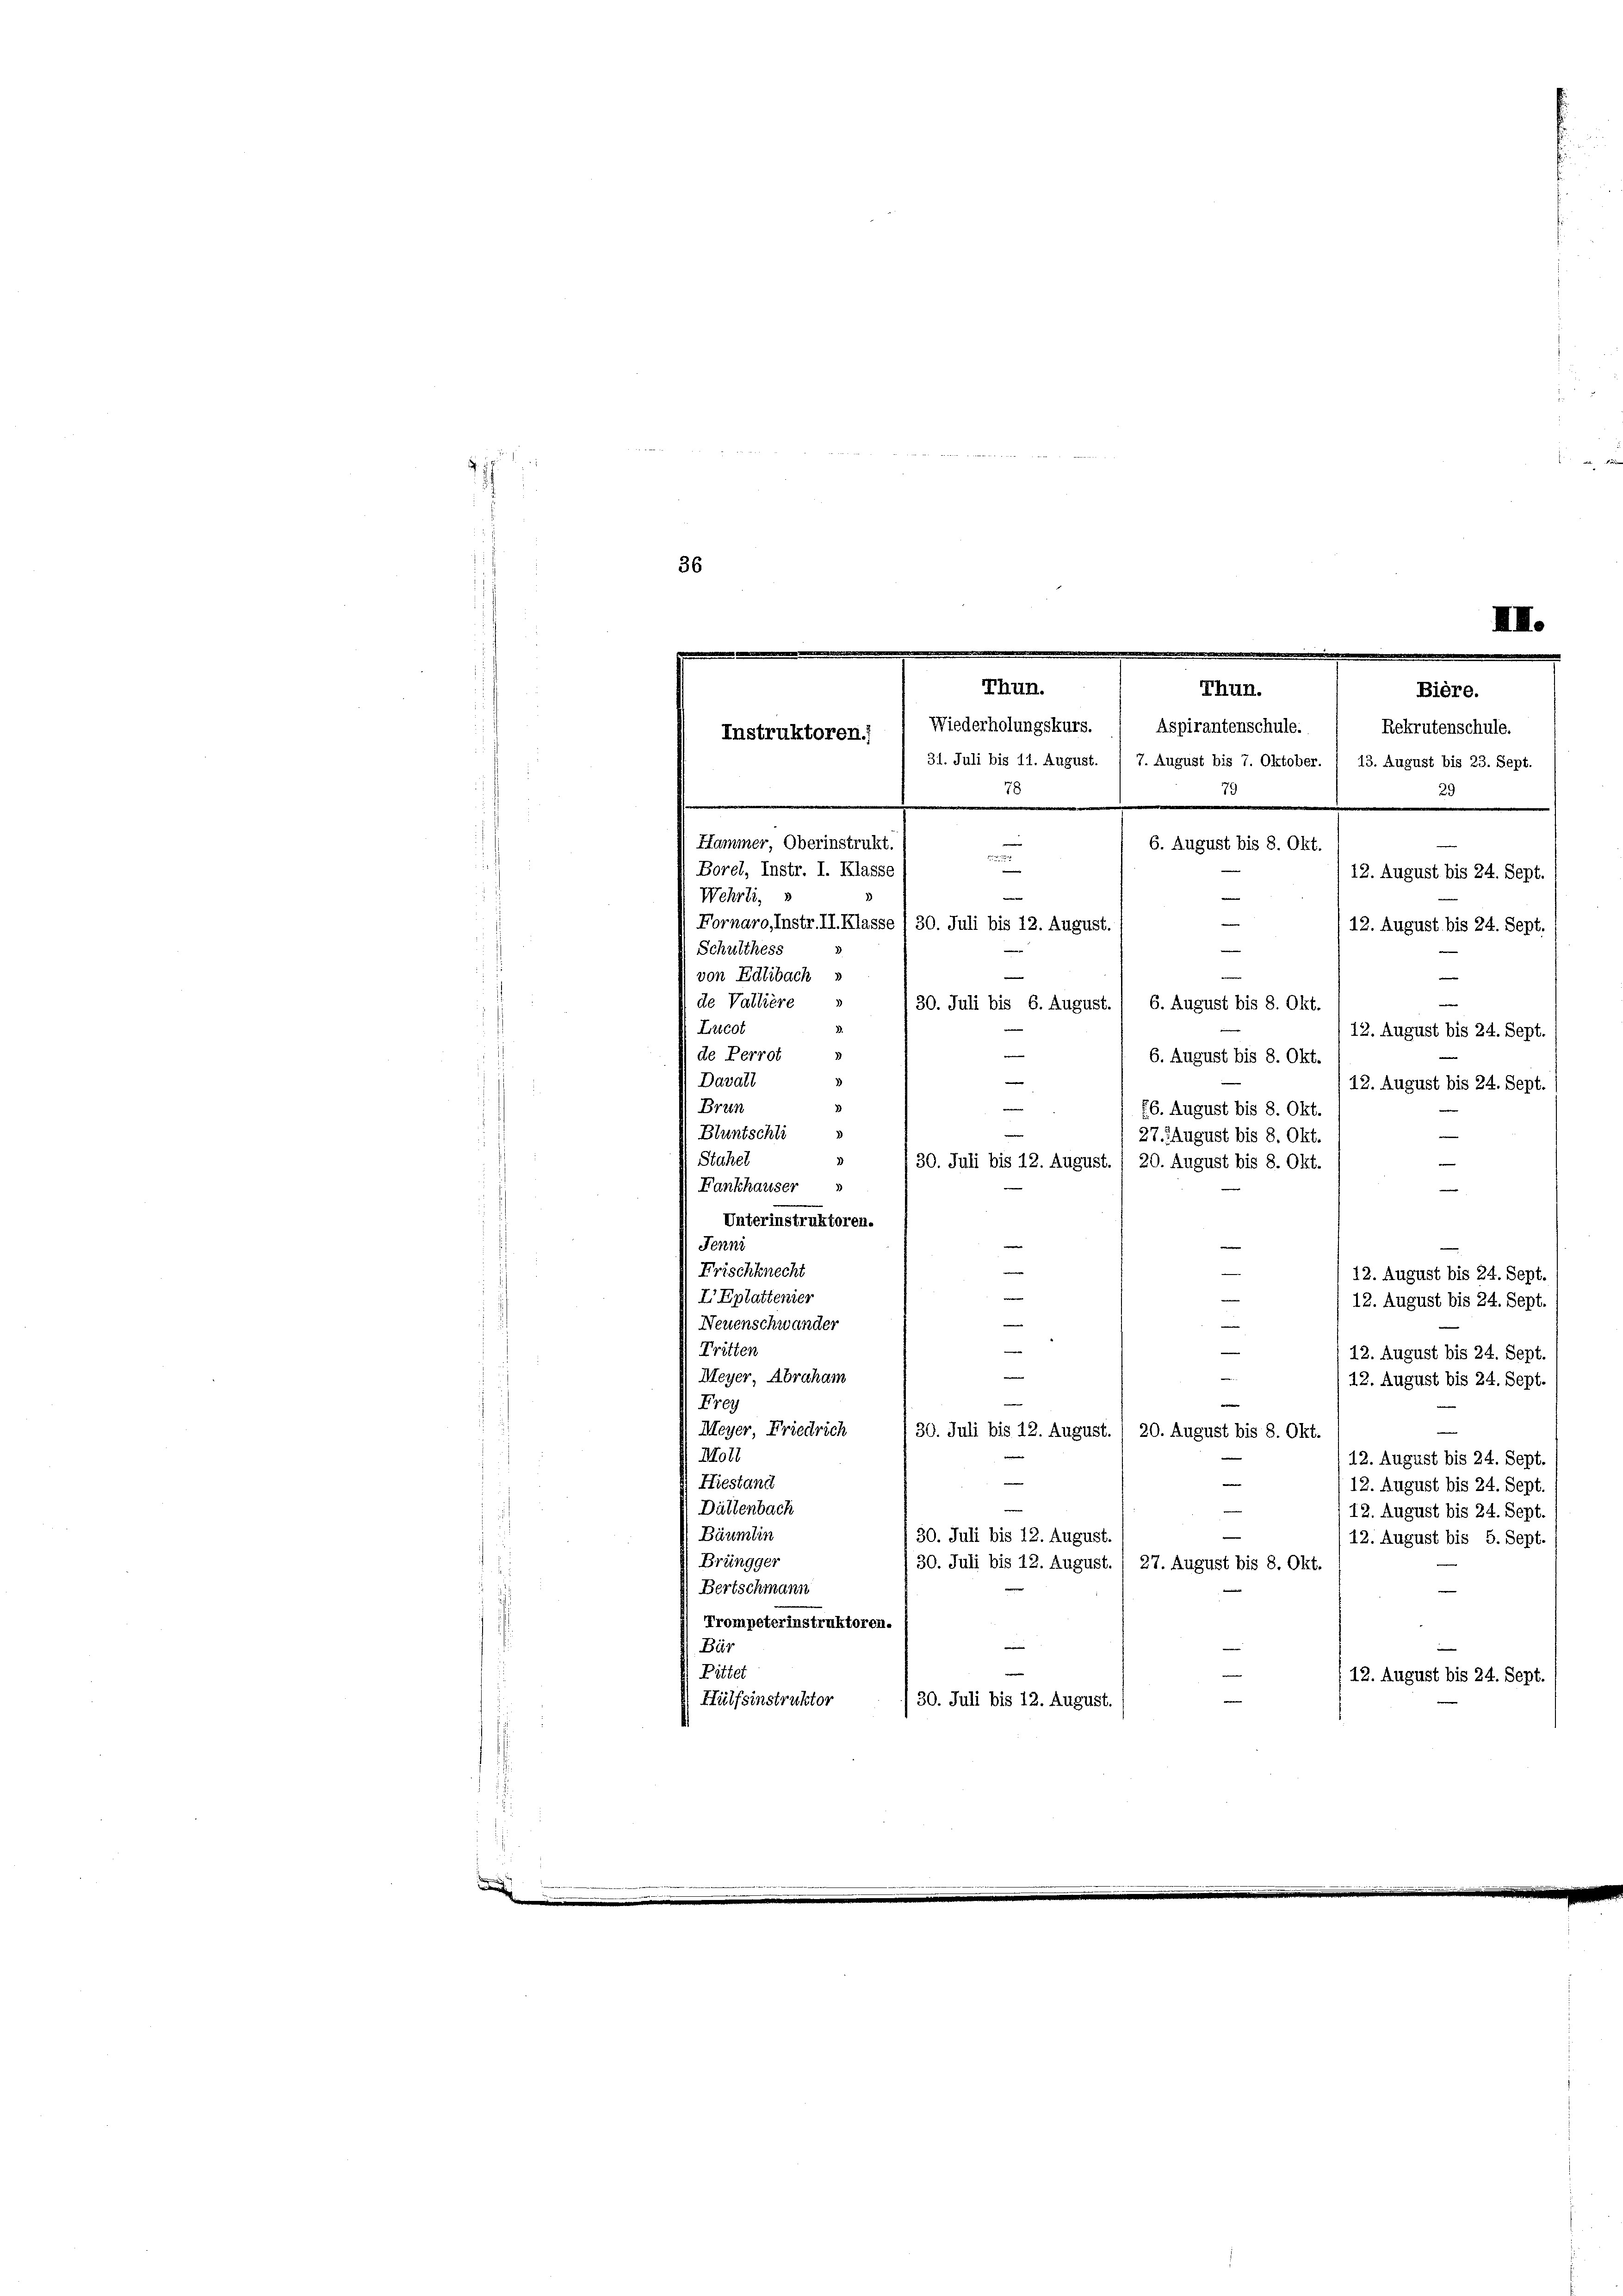
n

36
.
.
Thun.
Thun.
Bière.
Wiederholungskurs. ( Aspirantenschule. ( Rekrutenschule.
Instruktoren.
31. Juli bis 11. August. 1 7. August bis 7. Oktober. ( 13. August bis 23. Sept.
79
78
29
e
Hammer, Oberinstrukt
6. August bis 8. Okt.

Borel, Instr. I. Klasse
12. August bis 24. Sept.
Wehrli, s
e

Schulthess
von Edlibach »
de Vallière
Lucot
12. August bis 24. Sept.
—
de Perrot
6. August bis 8. Okt
—
Davall
12. August bis 24. Sept.
e
Brun
26. August bis 8. Okt.
Bluntschli
27. August bis 8. Okt.
Stahel
30. Juli bis 12. August.
20. August bis 8. Okt.
Fankhauser »
Unterinstruktoren.
Jenni
e
e
Frischknecht
12. August bis 24. Sept.
wenn
I Eptattenier
12. August bis 24. Sept.
Neuenschwander
mie
Tritten
12. August bis 24. Sept.
m
Meyer, Abraham
12. August bis 24. Sept.
e
Frey
Meyer, Friedrich
30. Juli bis 12. August. / 20. August bis 8. Okt.
Moll
e
12. August bis 24. Sept.
n
Hiestand
12. August bis 24. Sept.
Dättenbach
112. August bis 24. Sept.
e
Bäumlin
30. Juli bis 12. August.
12. August bis 5. Sept
Brüngger
30. Juli bis 12. August. / 27. August bis 8. Okt.
Bertschmann
Trompeterinstruktoren.
Bär
Pittet
12. August bis 24. Sept.
Hülfsinstruktor
30. Juli bis 12. August.

Fornaro, Instr. II. Klasse /30. Juli bis 12. August.
12. August bis 24. Sept.
.
e
—
—
6. August bis 8. Okt.
30. Juli bis 6. August.

III.